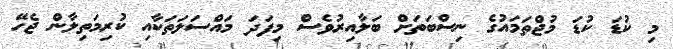
މި ކުޑަ ކުޑަ މުޖްތަމައުގެ ނިސްބަތަށް ބަލާއިރުވެސް މިފަދަ މައްސަލަތަކާއި ކުރިމަތިލާން ޖެހޭ